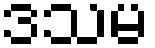
ဒသမ